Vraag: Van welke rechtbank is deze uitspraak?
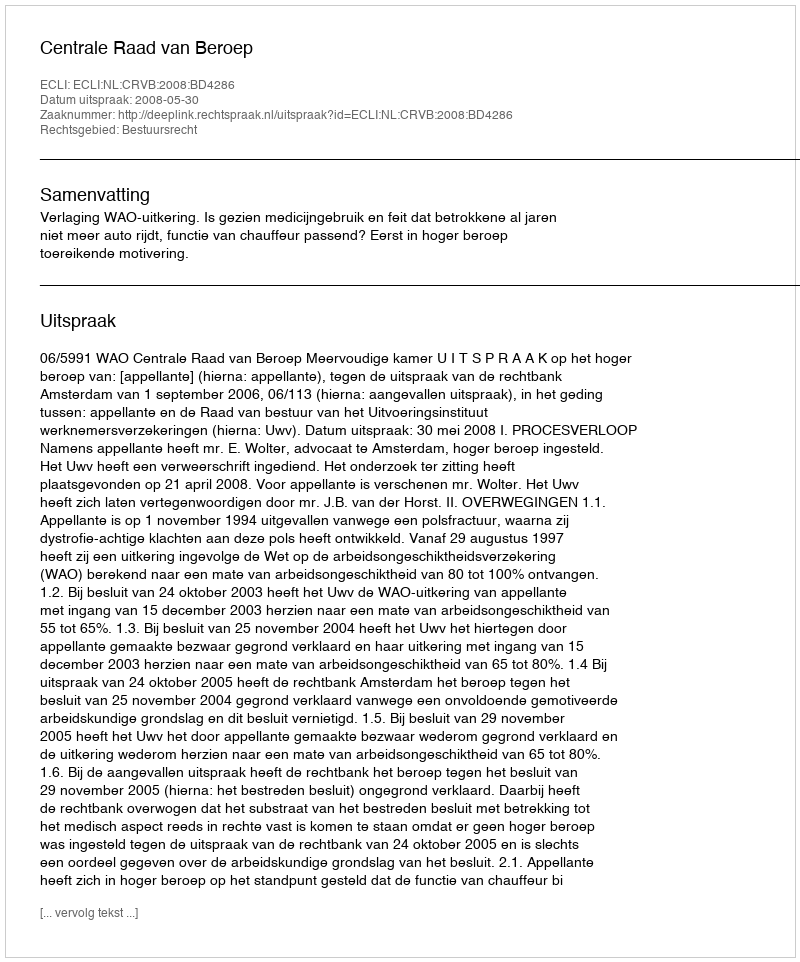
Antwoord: Centrale Raad van Beroep